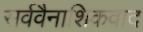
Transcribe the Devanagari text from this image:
सर्ववैनाशिकवाद